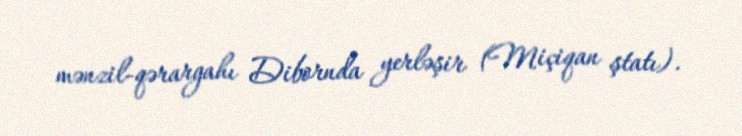
mənzil-qərargahı Dibornda yerləşir (Miçiqan ştatı).